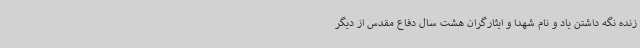
زنده نگه‌ داشتن یاد و نام شهدا و ایثارگران هشت سال دفاع مقدس از دیگر